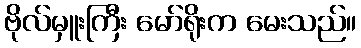
ဗိုလ်မှူးကြီး မော်ရိုးက မေးသည်။